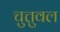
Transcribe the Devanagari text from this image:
चुत्तुवल